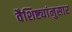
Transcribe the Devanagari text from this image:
वैशिष्ट्यांनुसार